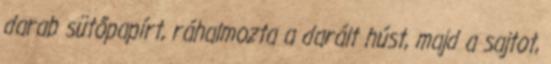
darab sütőpapírt, ráhalmozta a darált húst, majd a sajtot,